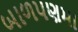
બાળપણમા